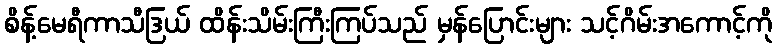
စိန့်မေရီကာသီဒြယ် ထိန်းသိမ်းကြီးကြပ်သည် မှန်ပြောင်းများ သင့်ဂိမ်းအကောင့်ကို